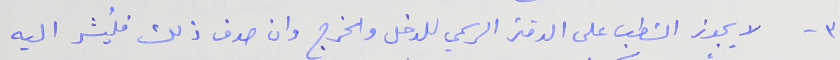
٣ - لا يجوز الشطب على الدفتر الرسمي للدخل والخرج وان صدف ذلك فليُشر اليه